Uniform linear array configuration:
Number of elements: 4
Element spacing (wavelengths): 0.25
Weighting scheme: hamming
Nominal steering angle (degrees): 60
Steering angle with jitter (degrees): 59.164
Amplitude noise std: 0.05
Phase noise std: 0.05

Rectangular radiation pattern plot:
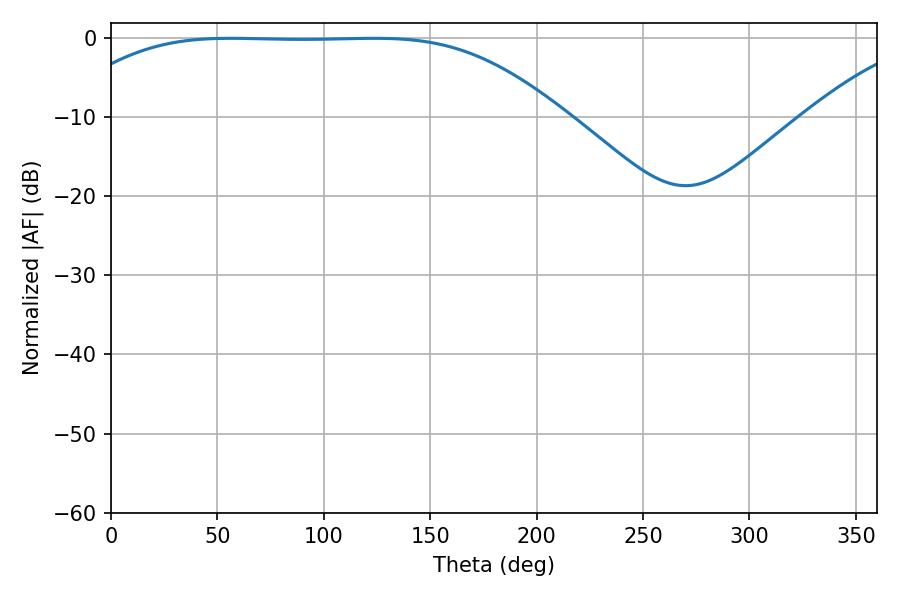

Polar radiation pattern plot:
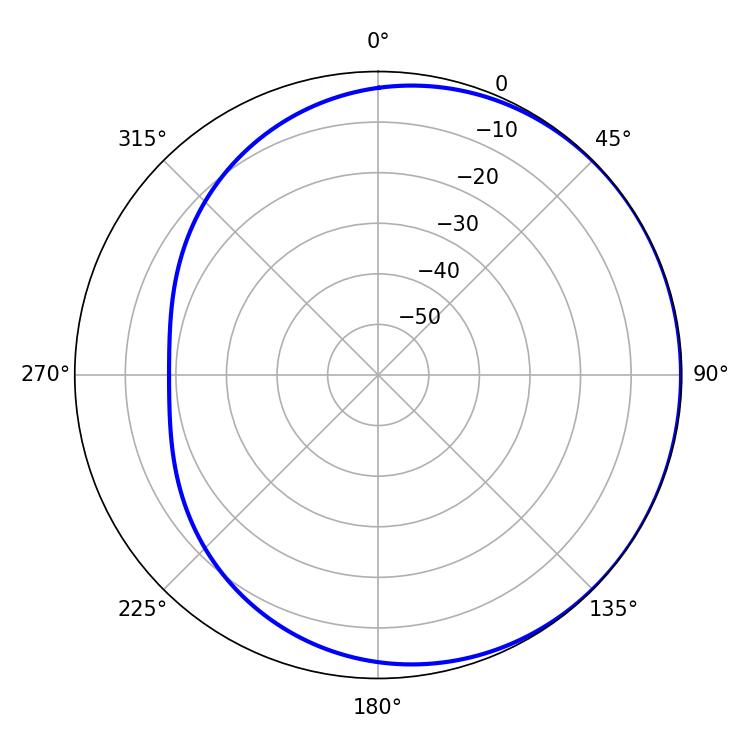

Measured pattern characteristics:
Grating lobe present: FALSE
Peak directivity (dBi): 0.5421
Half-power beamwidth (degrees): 176.4
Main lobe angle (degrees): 56.16